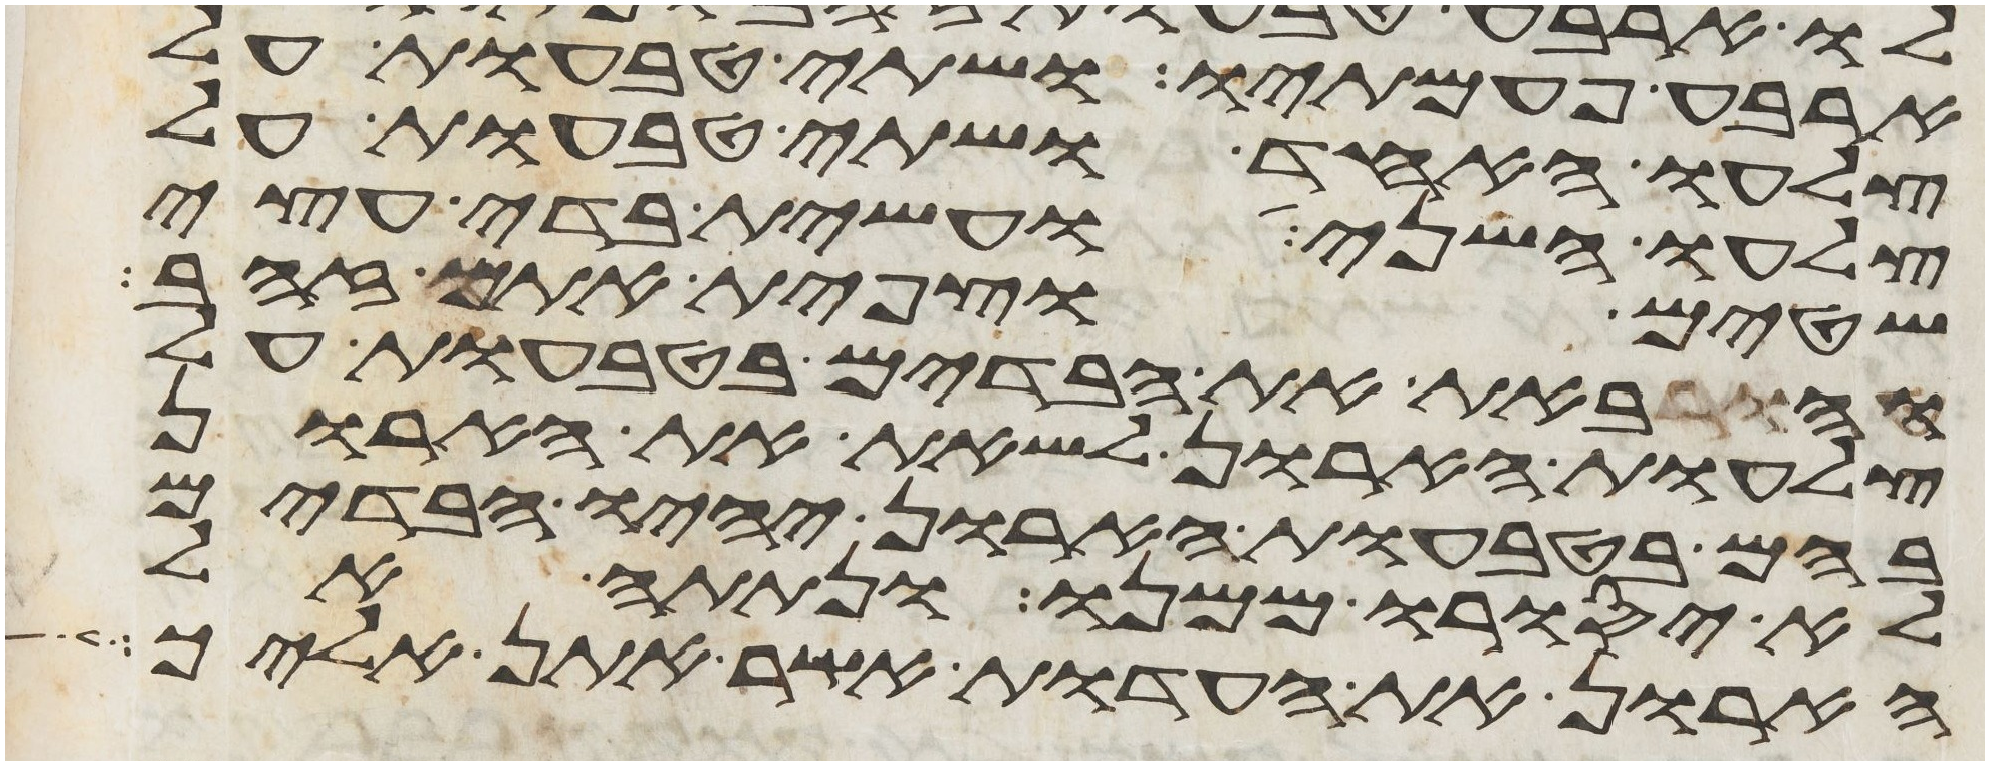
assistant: ארבע פעמתיו ושתי טבעות על
צלעו האחד ושתי טבעות על
צלעו השני ועשית בדי עצי
שטים וצפית אתם זהב
והבאת את הבדים בטבעות על
צלעות הארון לשאת את הארון
בהם בטבעות הארון יהיו הבדים
לא יסורו ממנו ונתתה אל
הארון את העדות אשר אתן אליך